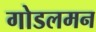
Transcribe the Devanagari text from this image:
गोडलमन